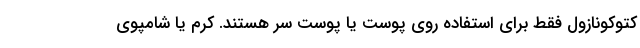
کتوکونازول فقط برای استفاده روی پوست یا پوست سر هستند. کرم یا شامپوی